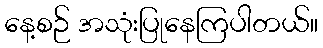
နေ့စဉ် အသုံးပြုနေကြပါတယ်။